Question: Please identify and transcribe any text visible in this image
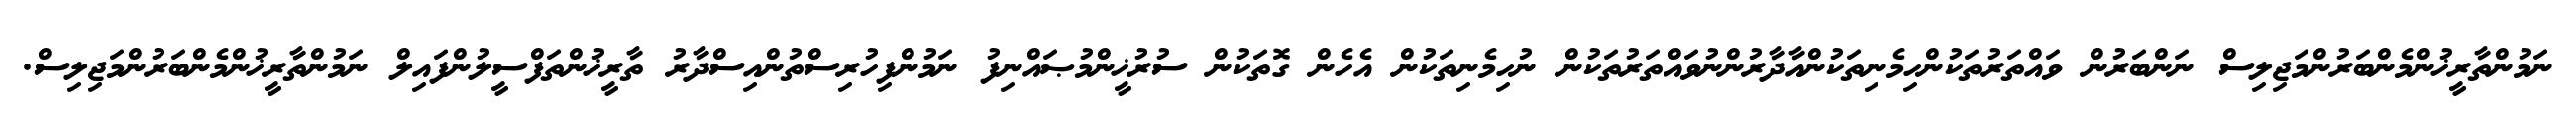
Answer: ނަމުންތާރީޚުންމެންބަރުންމަޖިލިސް ނަންބަރުން ވައްތަރުތަކުންހިމެނިތަކުންއާދާރުންނުވައްތަރުތަކުން ނުހިމެނިތަކުން އެހެން ގޮތަކުން ސުރުޚީންމުޞައްނިފު ނަމުންފިހުރިސްތުންއިސްދާރު ތާރީޚުންތަފްސީލުންފައިލް ނަމުންތާރީޚުންމެންބަރުންމަޖިލިސް.